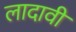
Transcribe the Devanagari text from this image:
लादावी